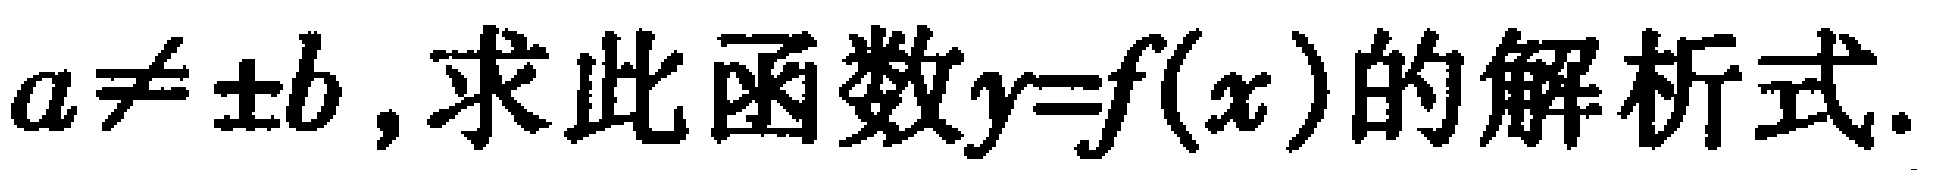
$a\neq\pm b,求此函数y = f(x)的解析式.$